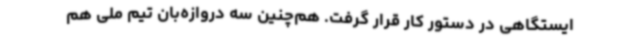
ایستگاهی در دستور کار قرار گرفت. هم‌چنین سه دروازه‌بان تیم ملی هم